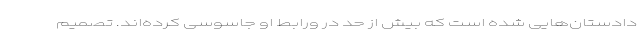
دادستان‌هایی شده است که بیش از حد در ورابط او جاسوسی کرده‌اند. تصمیم